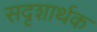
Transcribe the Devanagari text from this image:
सदृशार्थक